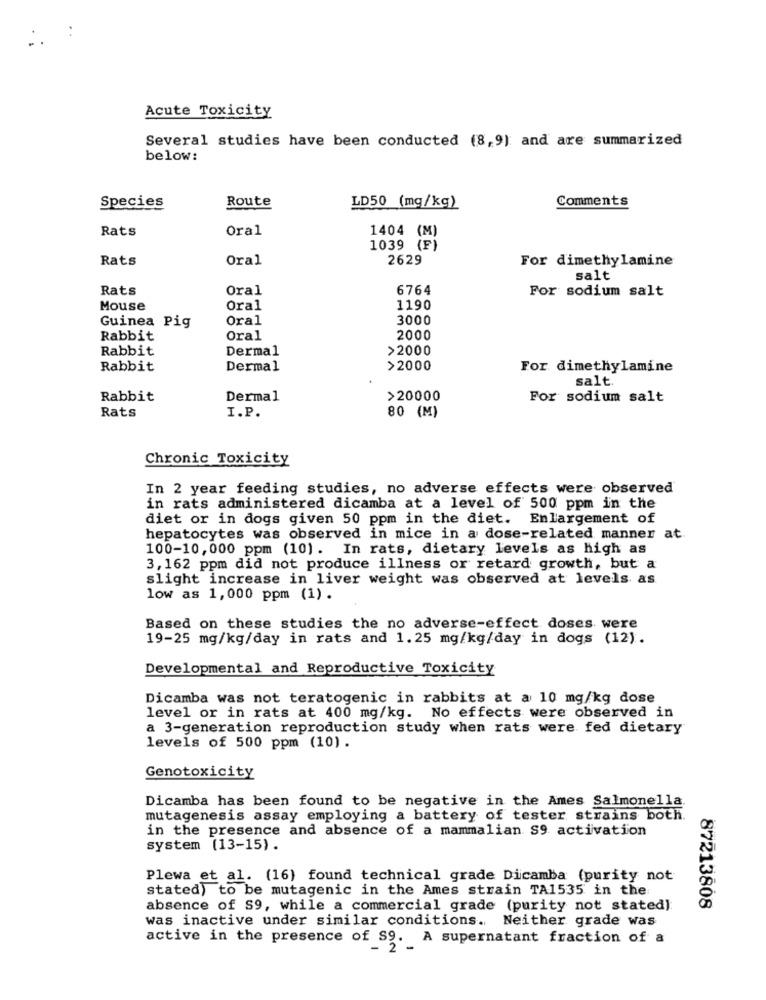
Acute Toxicity
Several studies have been conducted (8,9) and are summarized
below:
Species
Route
LD50 (mg/kg)
Comments
Rats
Oral
1404 (M)
1039 (F)
Rats
Oral
2629
For dimethylamine
salt
Rats
Oral
6764
For sodium salt
Mouse
Oral
1190
Oral
3000
Guinea Pig
Rabbit
Oral
2000
Rabbit
Dermal
>2000
Rabbit
Dermal
>2000
For dimethylamine
salt.
Rabbit
Dermal
>20000
For sodium salt
I.P.
Rats
80 (M)
Chronic Toxicity
In 2 year feeding studies, no adverse effects were observed
in rats administered dicamba at a level of 500 ppm in the
diet or in dogs given 50 ppm in the diet. Enlargement of
hepatocytes was observed in mice in a dose-related manner at
100-10,000 ppm (10). In rats, dietary levels as high as
3, 162 ppm did not produce illness or retard growth, but a
slight increase in liver weight was observed at levels as
low as 1,000 ppm (1).
Based on these studies the no adverse-effect doses were
19-25 mg/kg/day in rats and 1.25 mg/kg/day in dogs (12).
Developmental and Reproductive Toxicity
Dicamba was not teratogenic in rabbits at a 10 mg/kg dose
level or in rats at 400 mg/kg. No effects were observed in
a 3-generation reproduction study when rats were fed dietary
levels of 500 ppm (10) .
Genotoxicity
Dicamba has been found to be negative in the Ames Salmonella.
mutagenesis assay employing a battery of tester strains both.
in the presence and absence of a mammalian S9 activation
system (13-15).
Plewa et al. (16) found technical grade Dicamba (purity not
stated) to be mutagenic in the Ames strain TA1535 in the
absence of S9, while a commercial grade (purity not stated)
87213808
was inactive under similar conditions. Neither grade was
active in the presence of S9. A supernatant fraction of a
2